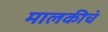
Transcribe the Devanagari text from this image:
मालकीचं